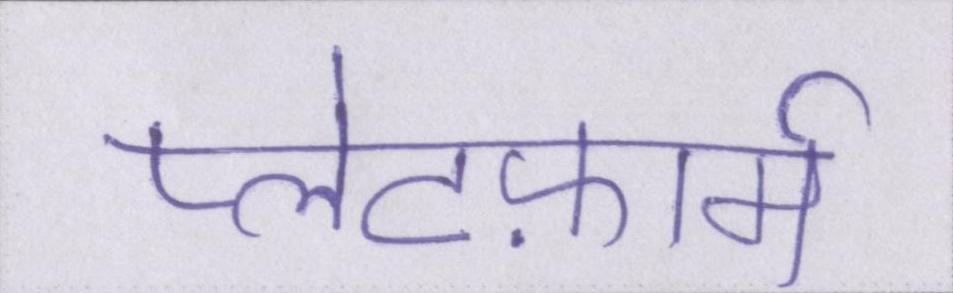
प्लेटफ़ार्म